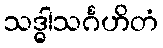
သဒ္ဓါသင်္ဂဟိတံ